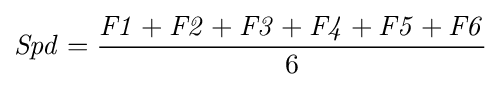
{\mathit {Spd}}={{\mathit {F1}}+{\mathit {F2}}+{\mathit {F3}}+{\mathit {F4}}+{\mathit {F5}}+{\mathit {F6}} \over 6}